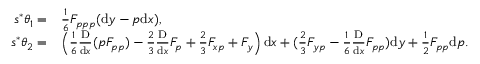
\begin{array} { r l } { s ^ { * } \theta _ { 1 } = } & { \frac 1 6 F _ { p p p } ( \mathrm { d } y - p \mathrm { d } x ) , } \\ { s ^ { * } \theta _ { 2 } = } & { \left( \frac 1 6 \frac { \mathrm { D } } { \mathrm { d } x } ( p F _ { p p } ) - \frac 2 3 \frac { \mathrm { D } } { \mathrm { d } x } F _ { p } + \frac 2 3 F _ { x p } + F _ { y } \right) \mathrm { d } x + ( \frac 2 3 F _ { y p } - \frac 1 6 \frac { \mathrm { D } } { \mathrm { d } x } F _ { p p } ) \mathrm { d } y + \frac 1 2 F _ { p p } \mathrm { d } p . } \end{array}